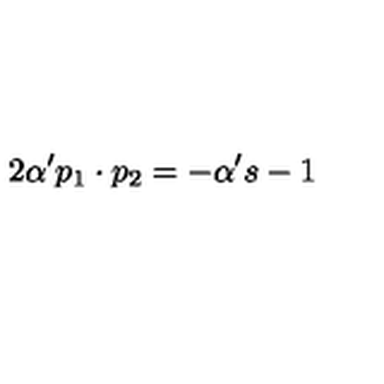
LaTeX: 2 \alpha ^ { \prime } p _ { 1 } \cdot p _ { 2 } = - \alpha ^ { \prime } s - 1